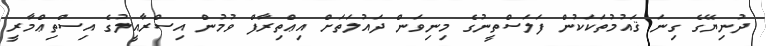
ދުނިޔޭގެ ގިނަ ޤައުމުތަކަކުން ފަލަސްތީނުގެ މިނިވަން ދައުލަތަށް އިޢްތިރާފް ވުމުން އިސްރާއީލުގެ އިސްތިޢްމާރީ